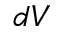
d V